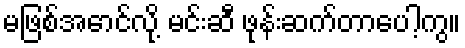
မဖြစ်အောင်လို့ မင်းဆီ ဖုန်းဆက်တာပေါ့ကွ။